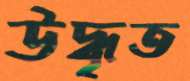
উদ্ধৃত